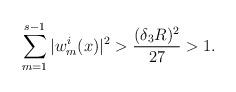
LaTeX: \begin{align*}\sum\limits_{m=1}^{s-1}|w^i_m(x)|^2 > \frac{(\delta_3R)^2}{27}>1.\end{align*}